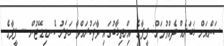
ސަންއަށް ޚަބަރެއް ދެއްވުމަށް: ފީފާގެ އިންތިޚާބުގައި ވާދަކުރައްވާ ހަތަރު ކެނޑިޑޭޓުން -- ފީފާގެ